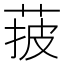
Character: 𦰽